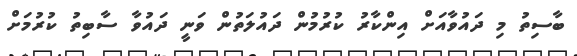
ބާސިތު މި ދައުވާއަށް އިންކާރު ކުރުމުން ދައުލަތުން ވަނީ ދައުވާ ސާބިތު ކުރުމަށް